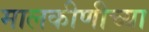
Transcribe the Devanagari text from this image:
मालकीणीच्या